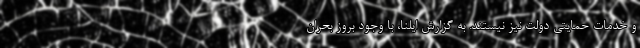
و خدمات حمایتی دولت­ نیز نیستند. به گزارش ایلنا، با وجود بروز بحران